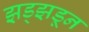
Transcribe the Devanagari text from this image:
झड्झडून